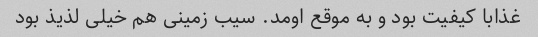
غذابا کیفیت بود و به موقع اومد. سیب زمینی هم خیلی لذیذ بود